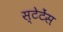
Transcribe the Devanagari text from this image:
स्टेटेंस